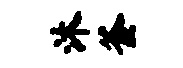
沐釜